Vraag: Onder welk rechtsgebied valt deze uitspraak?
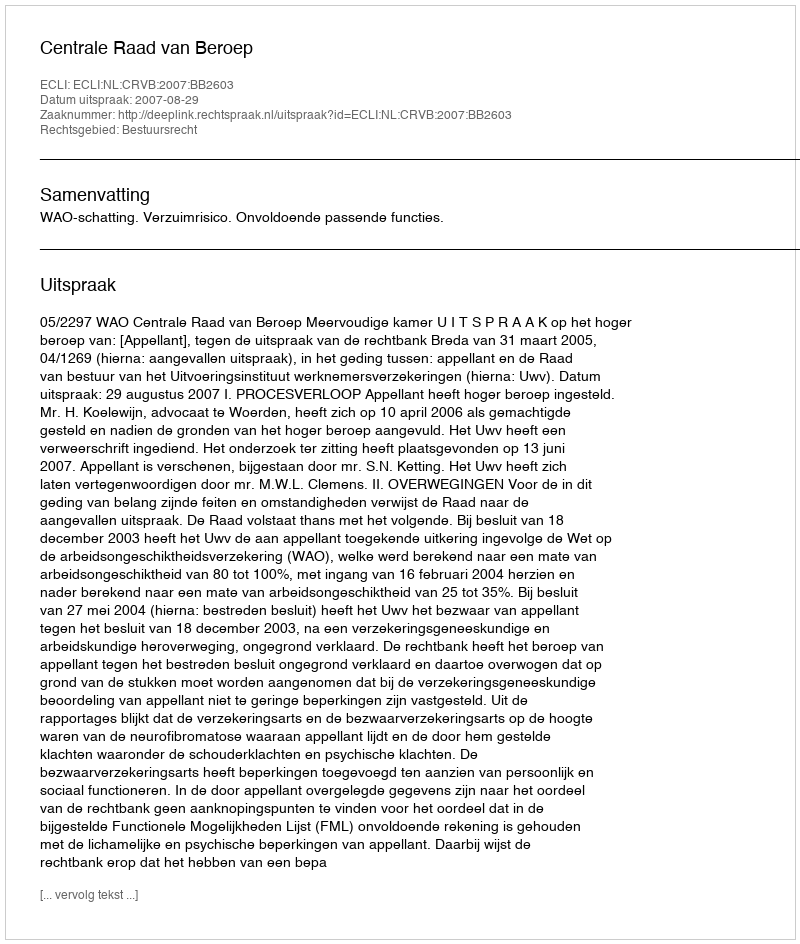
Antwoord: Bestuursrecht